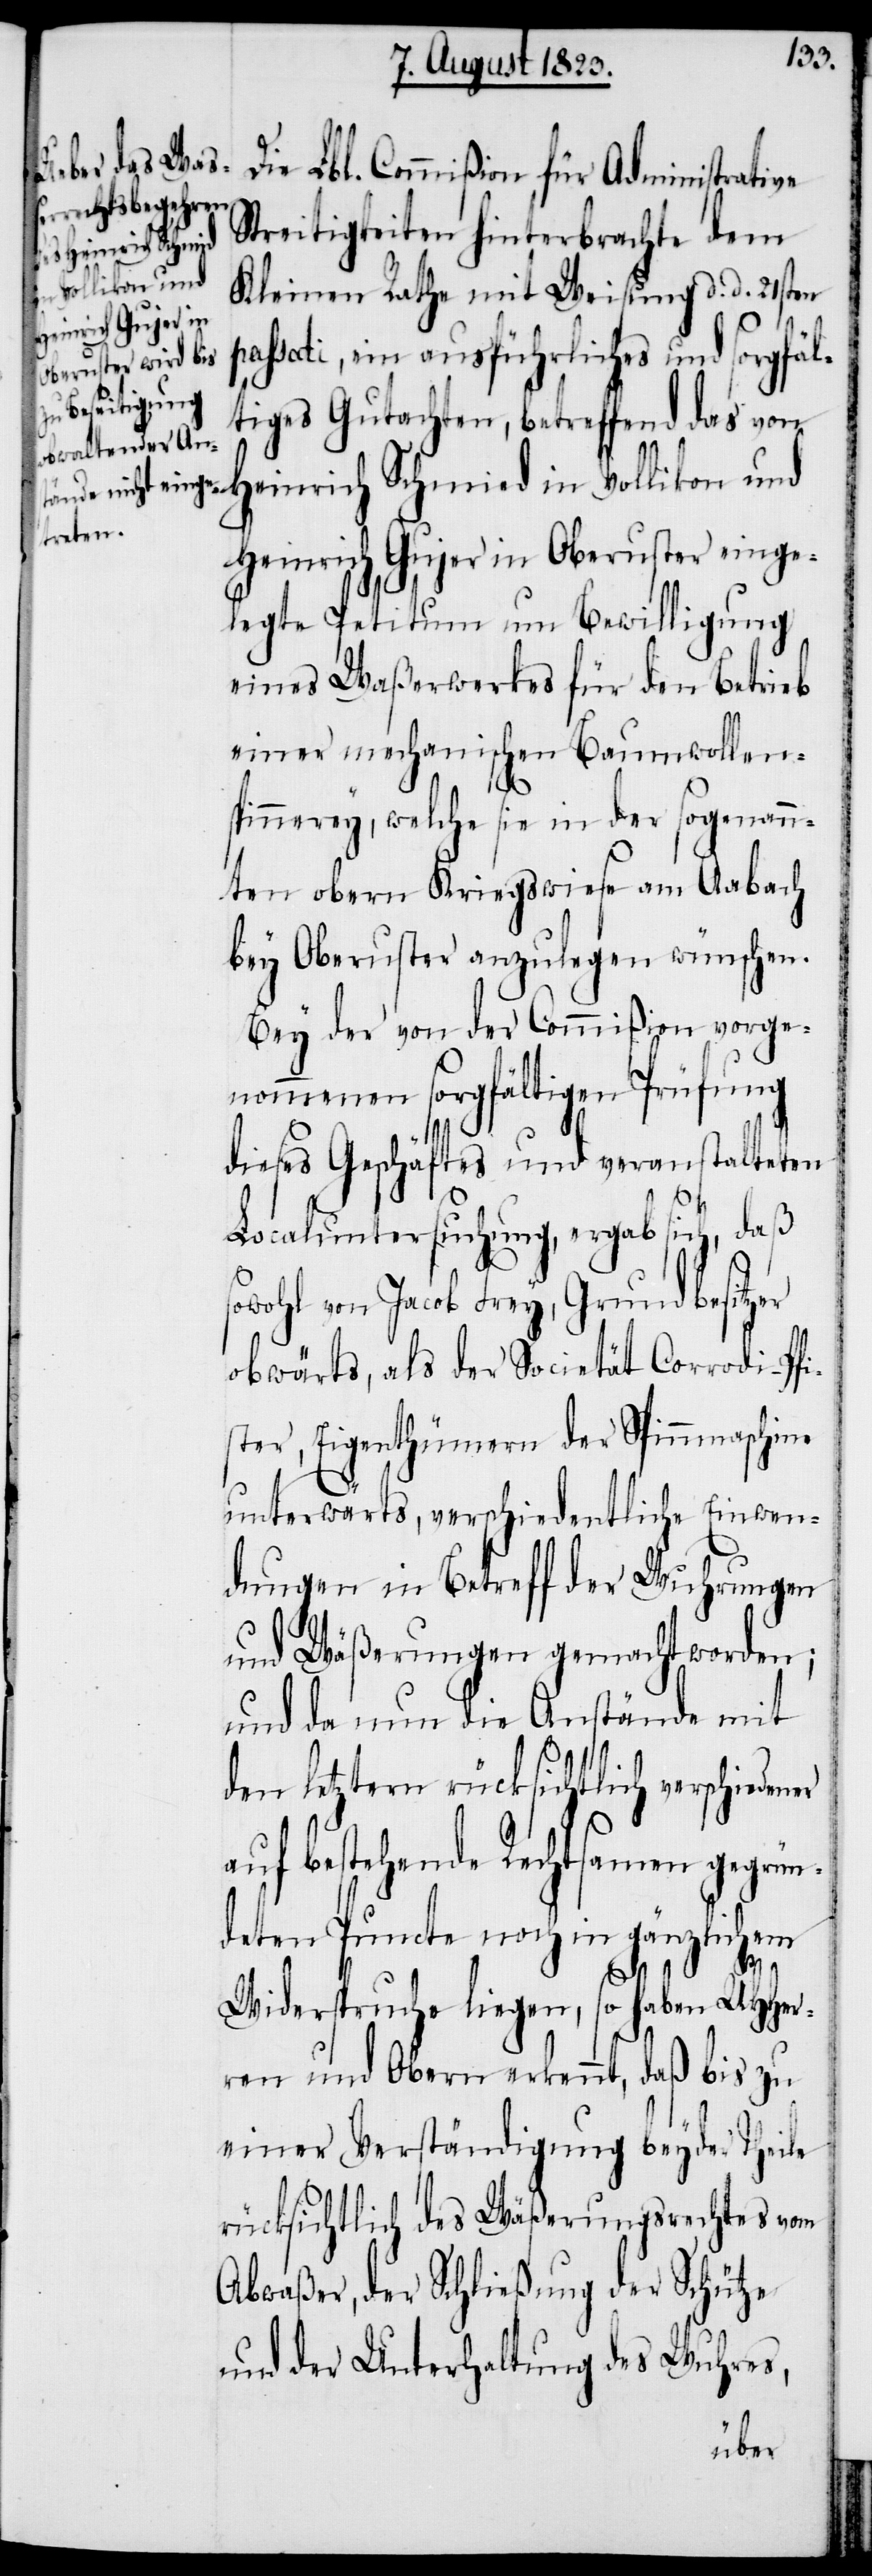
Die Lbl. Commißion für Administrative
Streitigkeiten hinterbrachte dem
Heinrich Schmied
Vollikon und
Kleinen Rathe mit Weisung d. d. 21sten
assati, ein ausführliches und sorgfäl¬
tiges Gutachten, betreffend das von
Heinrich Gujer in Oberuster einge¬
p¬
legte Petitum um Bewilligung
eines Waßerwerkes für den Betrieb
einer mechanischen Baumwollen¬
spinnerey, welche sie in der sogenann¬
ten obern Kriegswiese am Aabach
bey Oberuster anzulegen wünschen.
Bey der von der Commißion vorgen¬
ommenen sorgfältigen Prüfung
dieses Geschäftes und veranstalteten
Localuntersuchung, ergab sich, daß
sowohl von Jacob Frey, Grundbesitzer
obwärts, als der Societät Corrodi-Pfi¬
ster, Eigenthümern der Spinnmaschine
unterwärts, verschiedentliche Einwen¬
dungen in Betreff der Wuhrungen
und Wäßerungen gemacht worden;
und da nun die Anstände mit
den letztern rücksichtlich verschieden¬
auf bestehende Rechtsamen gegrün¬
deten Puncte noch in gänzlichem
er
Widerspruche liegen, so haben UHHer¬
ren und Obern erkennt, daß bis zu
einer Verständigung beyder Theile
rücksichtlich des Wäßerungsrechtes vom
Abwaßer, der Schließung der Schütze
und der Unterhaltung des Wuhres,